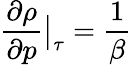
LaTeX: \frac{\partial\rho}{\partial p}\big|_{\tau}=\frac{1}{\beta}